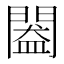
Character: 𨵲